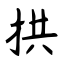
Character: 拱